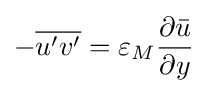
-{\overline {u'v'}}=\varepsilon _{M}{\frac {\partial {\bar {u}}}{\partial y}}